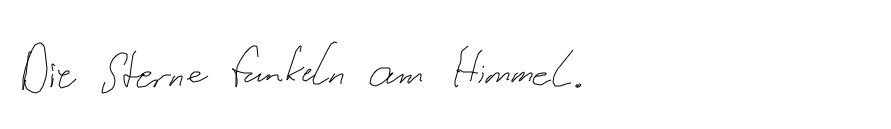
Die Sterne funkeln am Himmel.